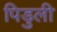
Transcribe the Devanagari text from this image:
पिडुली